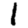
Digit: 1